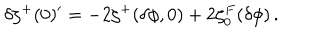
\delta \zeta ^ { + } ( 0 ) ^ { \prime } = - 2 \zeta ^ { + } ( \delta \phi , 0 ) + 2 \zeta _ { 0 } ^ { F } ( \delta \phi ) \, .